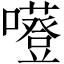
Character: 𡃻